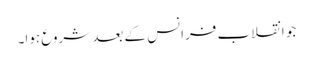
جو انقلاب فرانس کے بعد شروع ہوا۔